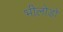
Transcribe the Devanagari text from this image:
भीलोड़ो